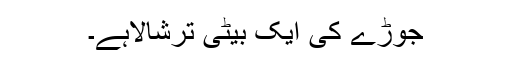
جوڑے کی ایک بیٹی ترشالاہے۔